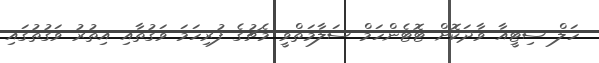
ހަލް ސިޓީއާ ވާދަކޮށް ޓޮޓެންހަމް ސަލާމަތްވީ މެޗުގެ ފުރިހަމަ ވަގުތާއި އިތުރު ވަގުތުގައި